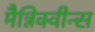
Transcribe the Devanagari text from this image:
मैन्निक्वीन्स